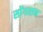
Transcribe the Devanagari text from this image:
सोंगत्सन